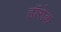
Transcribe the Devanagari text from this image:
हॉरोक